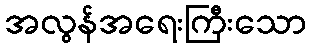
အလွန်အရေးကြီးသော